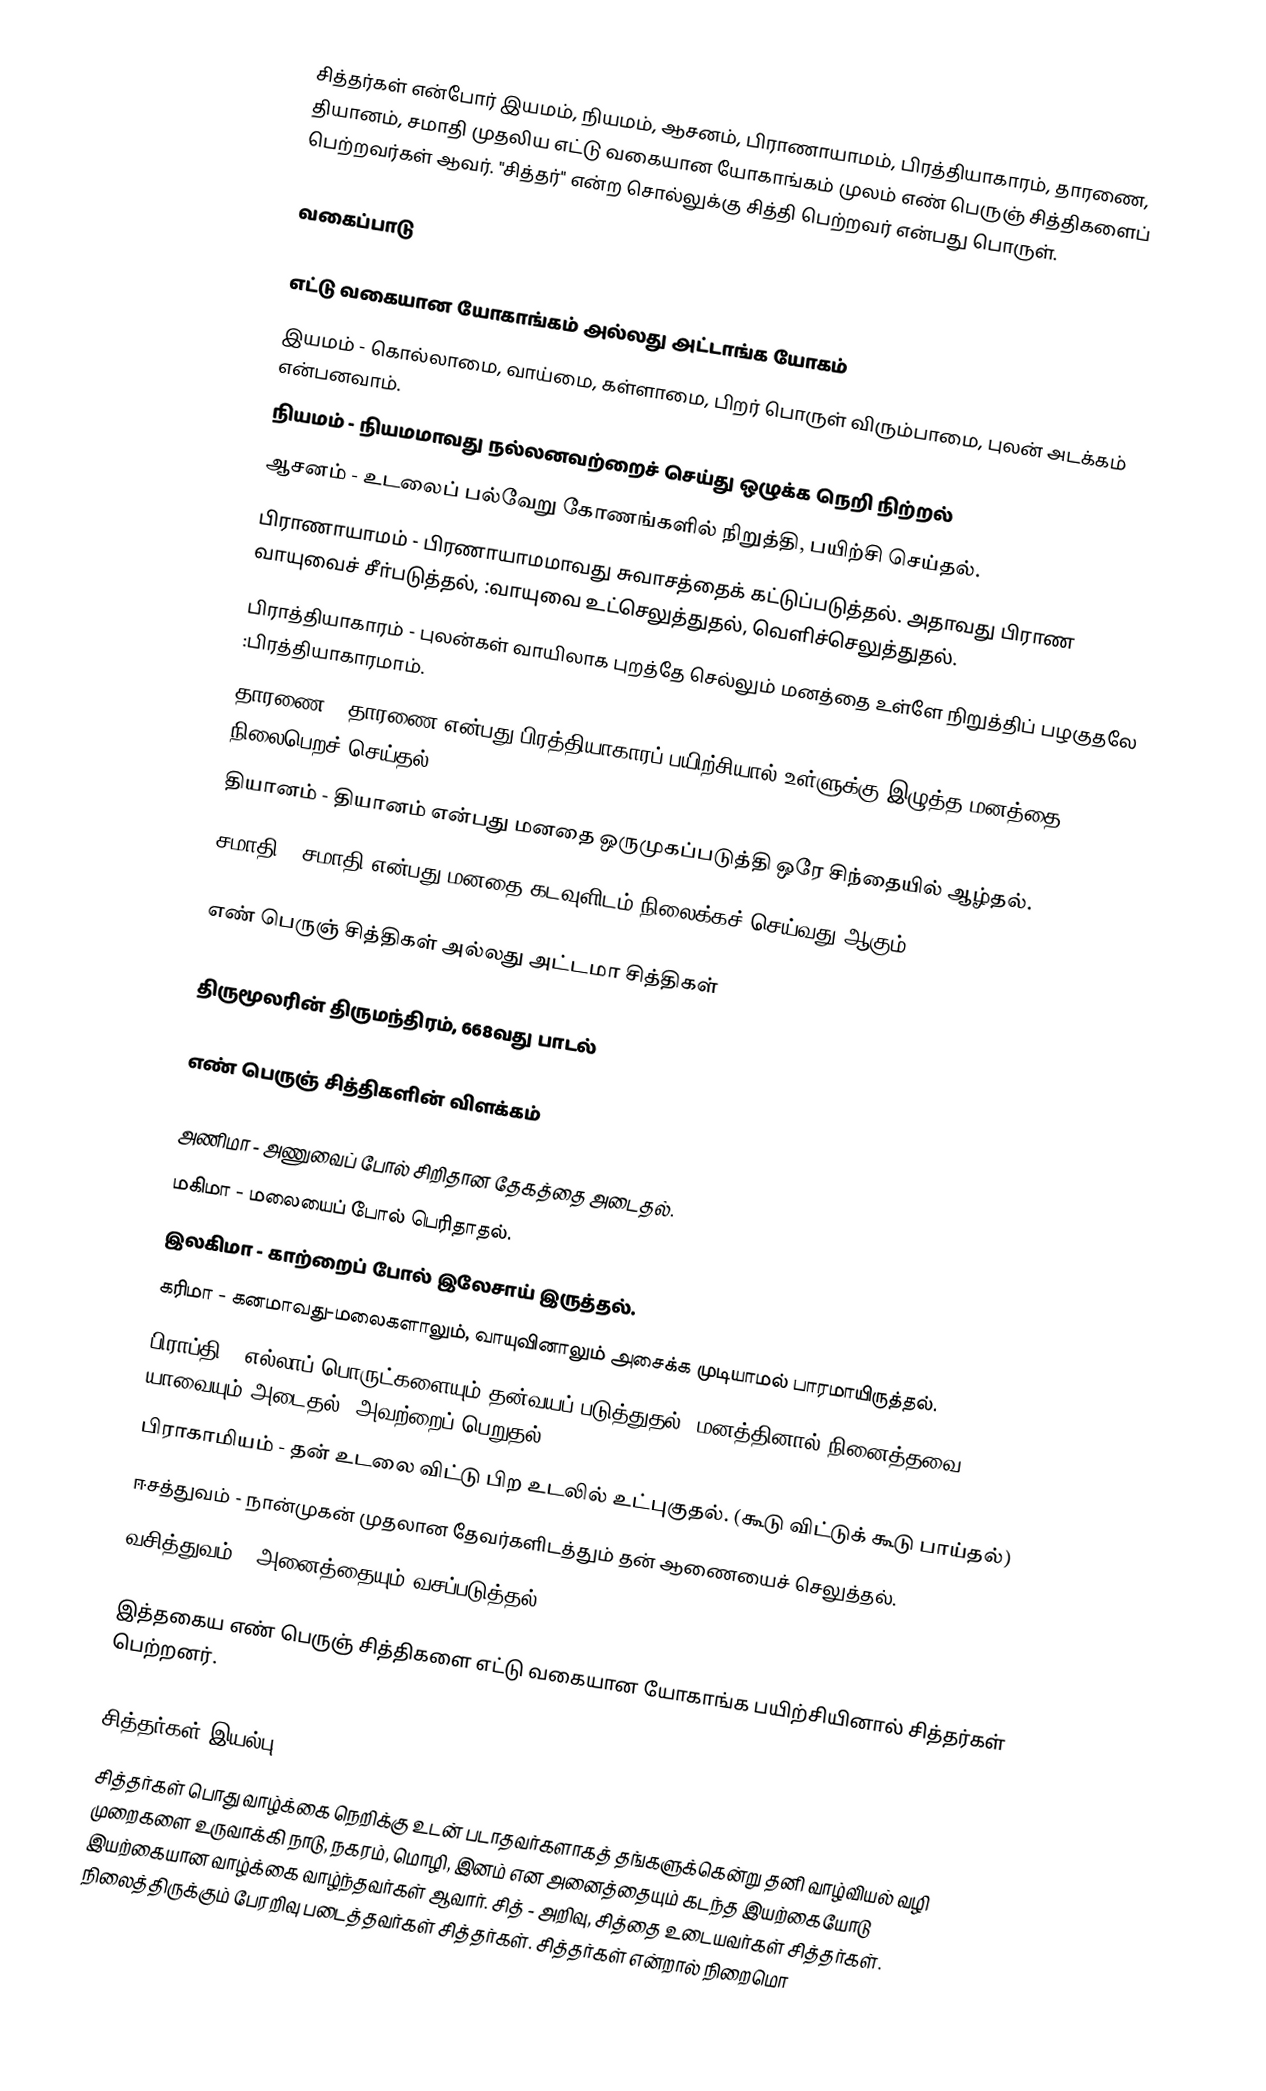
சித்தர்கள் என்போர் இயமம், நியமம், ஆசனம், பிராணாயாமம், பிரத்தியாகாரம், தாரணை, தியானம், சமாதி முதலிய எட்டு வகையான யோகாங்கம் முலம் எண் பெருஞ் சித்திகளைப் பெற்றவர்கள் ஆவர். "சித்தர்" என்ற சொல்லுக்கு சித்தி பெற்றவர் என்பது பொருள்.

வகைப்பாடு

எட்டு வகையான யோகாங்கம் அல்லது அட்டாங்க யோகம்
 இயமம் - கொல்லாமை, வாய்மை, கள்ளாமை, பிறர் பொருள் விரும்பாமை, புலன் அடக்கம் என்பனவாம்.
 நியமம் - நியமமாவது நல்லனவற்றைச் செய்து ஒழுக்க நெறி நிற்றல்
 ஆசனம் - உடலைப் பல்வேறு கோணங்களில் நிறுத்தி, பயிற்சி செய்தல்.
 பிராணாயாமம் - பிரணாயாமமாவது சுவாசத்தைக் கட்டுப்படுத்தல். அதாவது பிராண வாயுவைச் சீா்படுத்தல், :வாயுவை உட்செலுத்துதல், வெளிச்செலுத்துதல்.
 பிராத்தியாகாரம் - புலன்கள் வாயிலாக புறத்தே செல்லும் மனத்தை உள்ளே நிறுத்திப் பழகுதலே :பிரத்தியாகாரமாம்.
 தாரணை - தாரணை என்பது பிரத்தியாகாரப் பயிற்சியால் உள்ளுக்கு இழுத்த மனத்தை நிலைபெறச் செய்தல்.
 தியானம் -  தியானம் என்பது  மனதை ஒருமுகப்படுத்தி ஒரே சிந்தையில் ஆழ்தல்.
 சமாதி - சமாதி என்பது மனதை கடவுளிடம் நிலைக்கச் செய்வது ஆகும்.

எண் பெருஞ் சித்திகள் அல்லது அட்டமா சித்திகள்

திருமூலரின் திருமந்திரம், 668வது பாடல்

எண் பெருஞ் சித்திகளின் விளக்கம்

 அணிமா - அணுவைப் போல் சிறிதான தேகத்தை அடைதல்.
 மகிமா - மலையைப் போல் பெரிதாதல்.
 இலகிமா - காற்றைப் போல் இலேசாய் இருத்தல்.
 கரிமா - கனமாவது-மலைகளாலும், வாயுவினாலும் அசைக்க முடியாமல் பாரமாயிருத்தல்.
 பிராப்தி - எல்லாப் பொருட்களையும் தன்வயப் படுத்துதல், மனத்தினால் நினைத்தவை யாவையும் அடைதல், அவற்றைப் பெறுதல்.
 பிராகாமியம் - தன் உடலை விட்டு பிற உடலில் உட்புகுதல். (கூடு விட்டுக் கூடு பாய்தல்)
 ஈசத்துவம் - நான்முகன் முதலான தேவர்களிடத்தும் தன் ஆணையைச் செலுத்தல்.
 வசித்துவம் - அனைத்தையும் வசப்படுத்தல்.

இத்தகைய எண் பெருஞ் சித்திகளை எட்டு வகையான யோகாங்க பயிற்சியினால் சித்தர்கள் பெற்றனர்.

சித்தர்கள் இயல்பு
சித்தர்கள் பொது வாழ்க்கை நெறிக்கு உடன் படாதவர்களாகத் தங்களுக்கென்று தனி வாழ்வியல் வழி முறைகளை உருவாக்கி நாடு, நகரம், மொழி, இனம் என அனைத்தையும் கடந்த இயற்கையோடு இயற்கையான வாழ்க்கை வாழ்ந்தவர்கள் ஆவார். சித் - அறிவு, சித்தை உடையவர்கள் சித்தர்கள். நிலைத்திருக்கும் பேரறிவு படைத்தவர்கள் சித்தர்கள். சித்தர்கள் என்றால் நிறைமொ